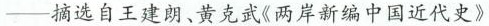
——摘选自王建朗、黄克武《两岸新编中国近代史》